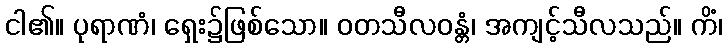
ငါ၏။ ပုရာဏံ၊ ရှေး၌ဖြစ်သော။ ဝတသီလဝန္တံ၊ အကျင့်သီလသည်။ ကိံ၊